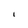
Character: I